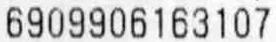
6909906163107